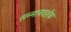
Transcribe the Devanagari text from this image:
सन्मानदर्शक